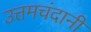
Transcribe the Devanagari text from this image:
उत्तमचंदानी